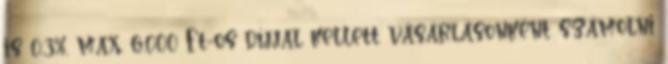
is 0,3%, max. 6.000 Ft-os díjjal kellett vásárlásonként számolni